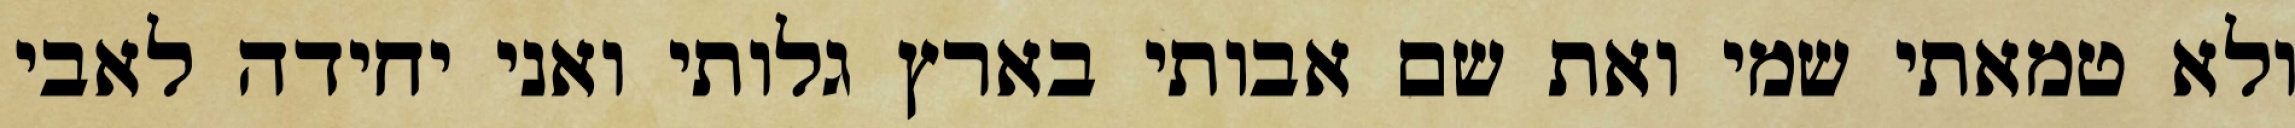
ולא טמאתי שמי ואת שם אבותי בארץ גלותי ואני יחידה לאבי